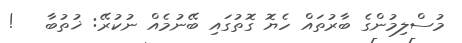
މުސްލިމުންގެ ބާރުތައް ހެޔޮ ގޮތުގައި ބޭނުމެއް ނުކުރޭ: ޚުތުބާ   !